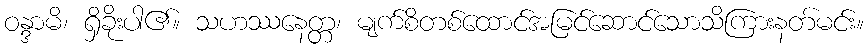
ဝန္ဒာမိ၊ ရှိခိုးပါ၏။ သဟဿနေတ္တ၊ မျက်စိတစ်ထောင်အမြင်ဆောင်သောသိကြားနတ်မင်း။